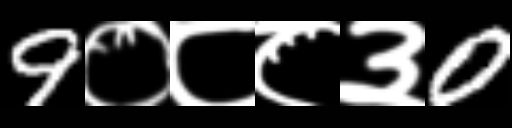
Text: 9०८८३0